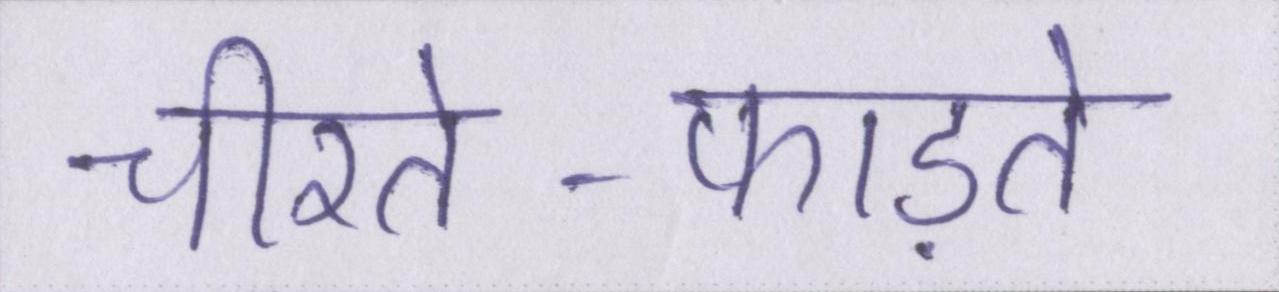
चीरते-फाड़ते